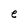
Character: e